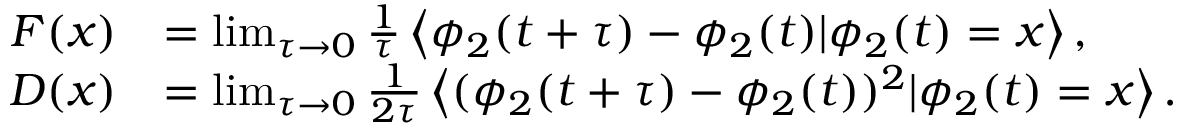
\begin{array} { r l } { F ( x ) } & { = \operatorname* { l i m } _ { \tau \rightarrow 0 } \frac { 1 } { \tau } \left\langle \phi _ { 2 } ( t + \tau ) - \phi _ { 2 } ( t ) | \phi _ { 2 } ( t ) = x \right\rangle , } \\ { D ( x ) } & { = \operatorname* { l i m } _ { \tau \rightarrow 0 } \frac { 1 } { 2 \tau } \left\langle ( \phi _ { 2 } ( t + \tau ) - \phi _ { 2 } ( t ) ) ^ { 2 } | \phi _ { 2 } ( t ) = x \right\rangle . } \end{array}